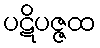
ပဋိပဇ္ဇထ